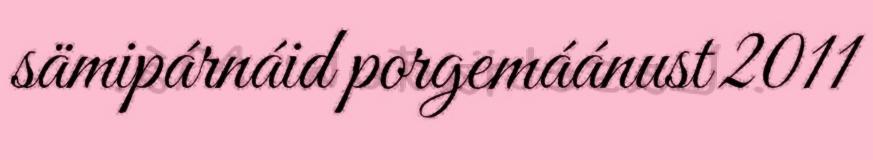
sämipárnáid porgemáánust 2011